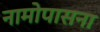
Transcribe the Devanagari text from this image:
नामोपासना